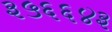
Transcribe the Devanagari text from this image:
३५६६४३